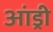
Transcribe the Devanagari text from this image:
आंड्री